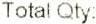
TOTAL QTY: